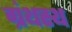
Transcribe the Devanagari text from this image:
ग्रंथस्थ